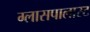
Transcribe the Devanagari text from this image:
ग्लासपालास्ट